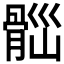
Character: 𩩀